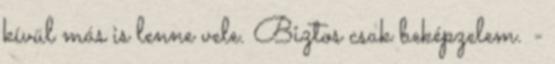
kívül más is lenne vele. Biztos csak beképzelem. -